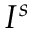
I ^ { s }